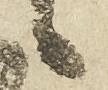
候